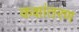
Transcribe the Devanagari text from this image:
कक्षांतरण